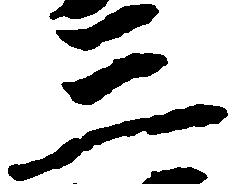
三